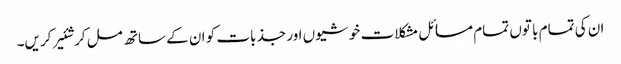
ان کی تمام با توں تمام مسائل مشکلا ت خو شیوں اور جذ بات کو ان کے ساتھ مل کر شئیر کریں۔